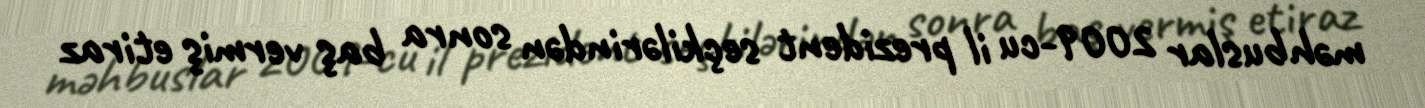
məhbuslar 2009-cu il prezident seçkilərindən sonra baş vermiş etiraz